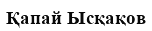
Қапай Ысқақов